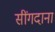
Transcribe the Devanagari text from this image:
सींगदाना